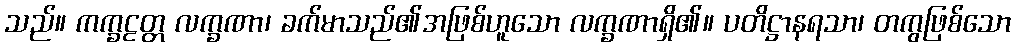
သည်။ ကက္ခဠတ္တ လက္ခဏာ၊ ခက်မာသည်၏အဖြစ်ဟူသော လက္ခဏာရှိ၏။ ပတိဋ္ဌာနရသာ၊ တကွဖြစ်သော